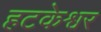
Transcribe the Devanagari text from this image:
हटकेश्वर